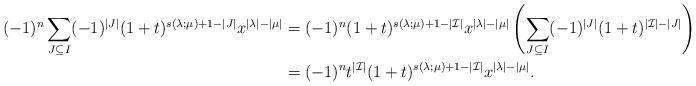
LaTeX: \begin{align*}(-1)^n\sum_{J \subseteq I} (-1)^{|J|}(1+t)^{s(\lambda;\mu)+1-|J|}x^{|\lambda|-|\mu|}&=(-1)^n(1+t)^{s(\lambda;\mu)+1-|\mathcal{I}|}x^{|\lambda|-|\mu|}\left(\sum_{J \subseteq I} (-1)^{|J|}(1+t)^{|\mathcal{I}|-|J|}\right)\\&=(-1)^nt^{|\mathcal{I}|}(1+t)^{s(\lambda;\mu)+1-|\mathcal{I}|}x^{|\lambda|-|\mu|}.\end{align*}